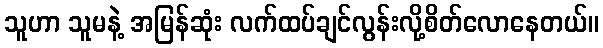
သူဟာ သူမနဲ့ အမြန်ဆုံး လက်ထပ်ချင်လွန်းလို့စိတ်လောနေတယ်။